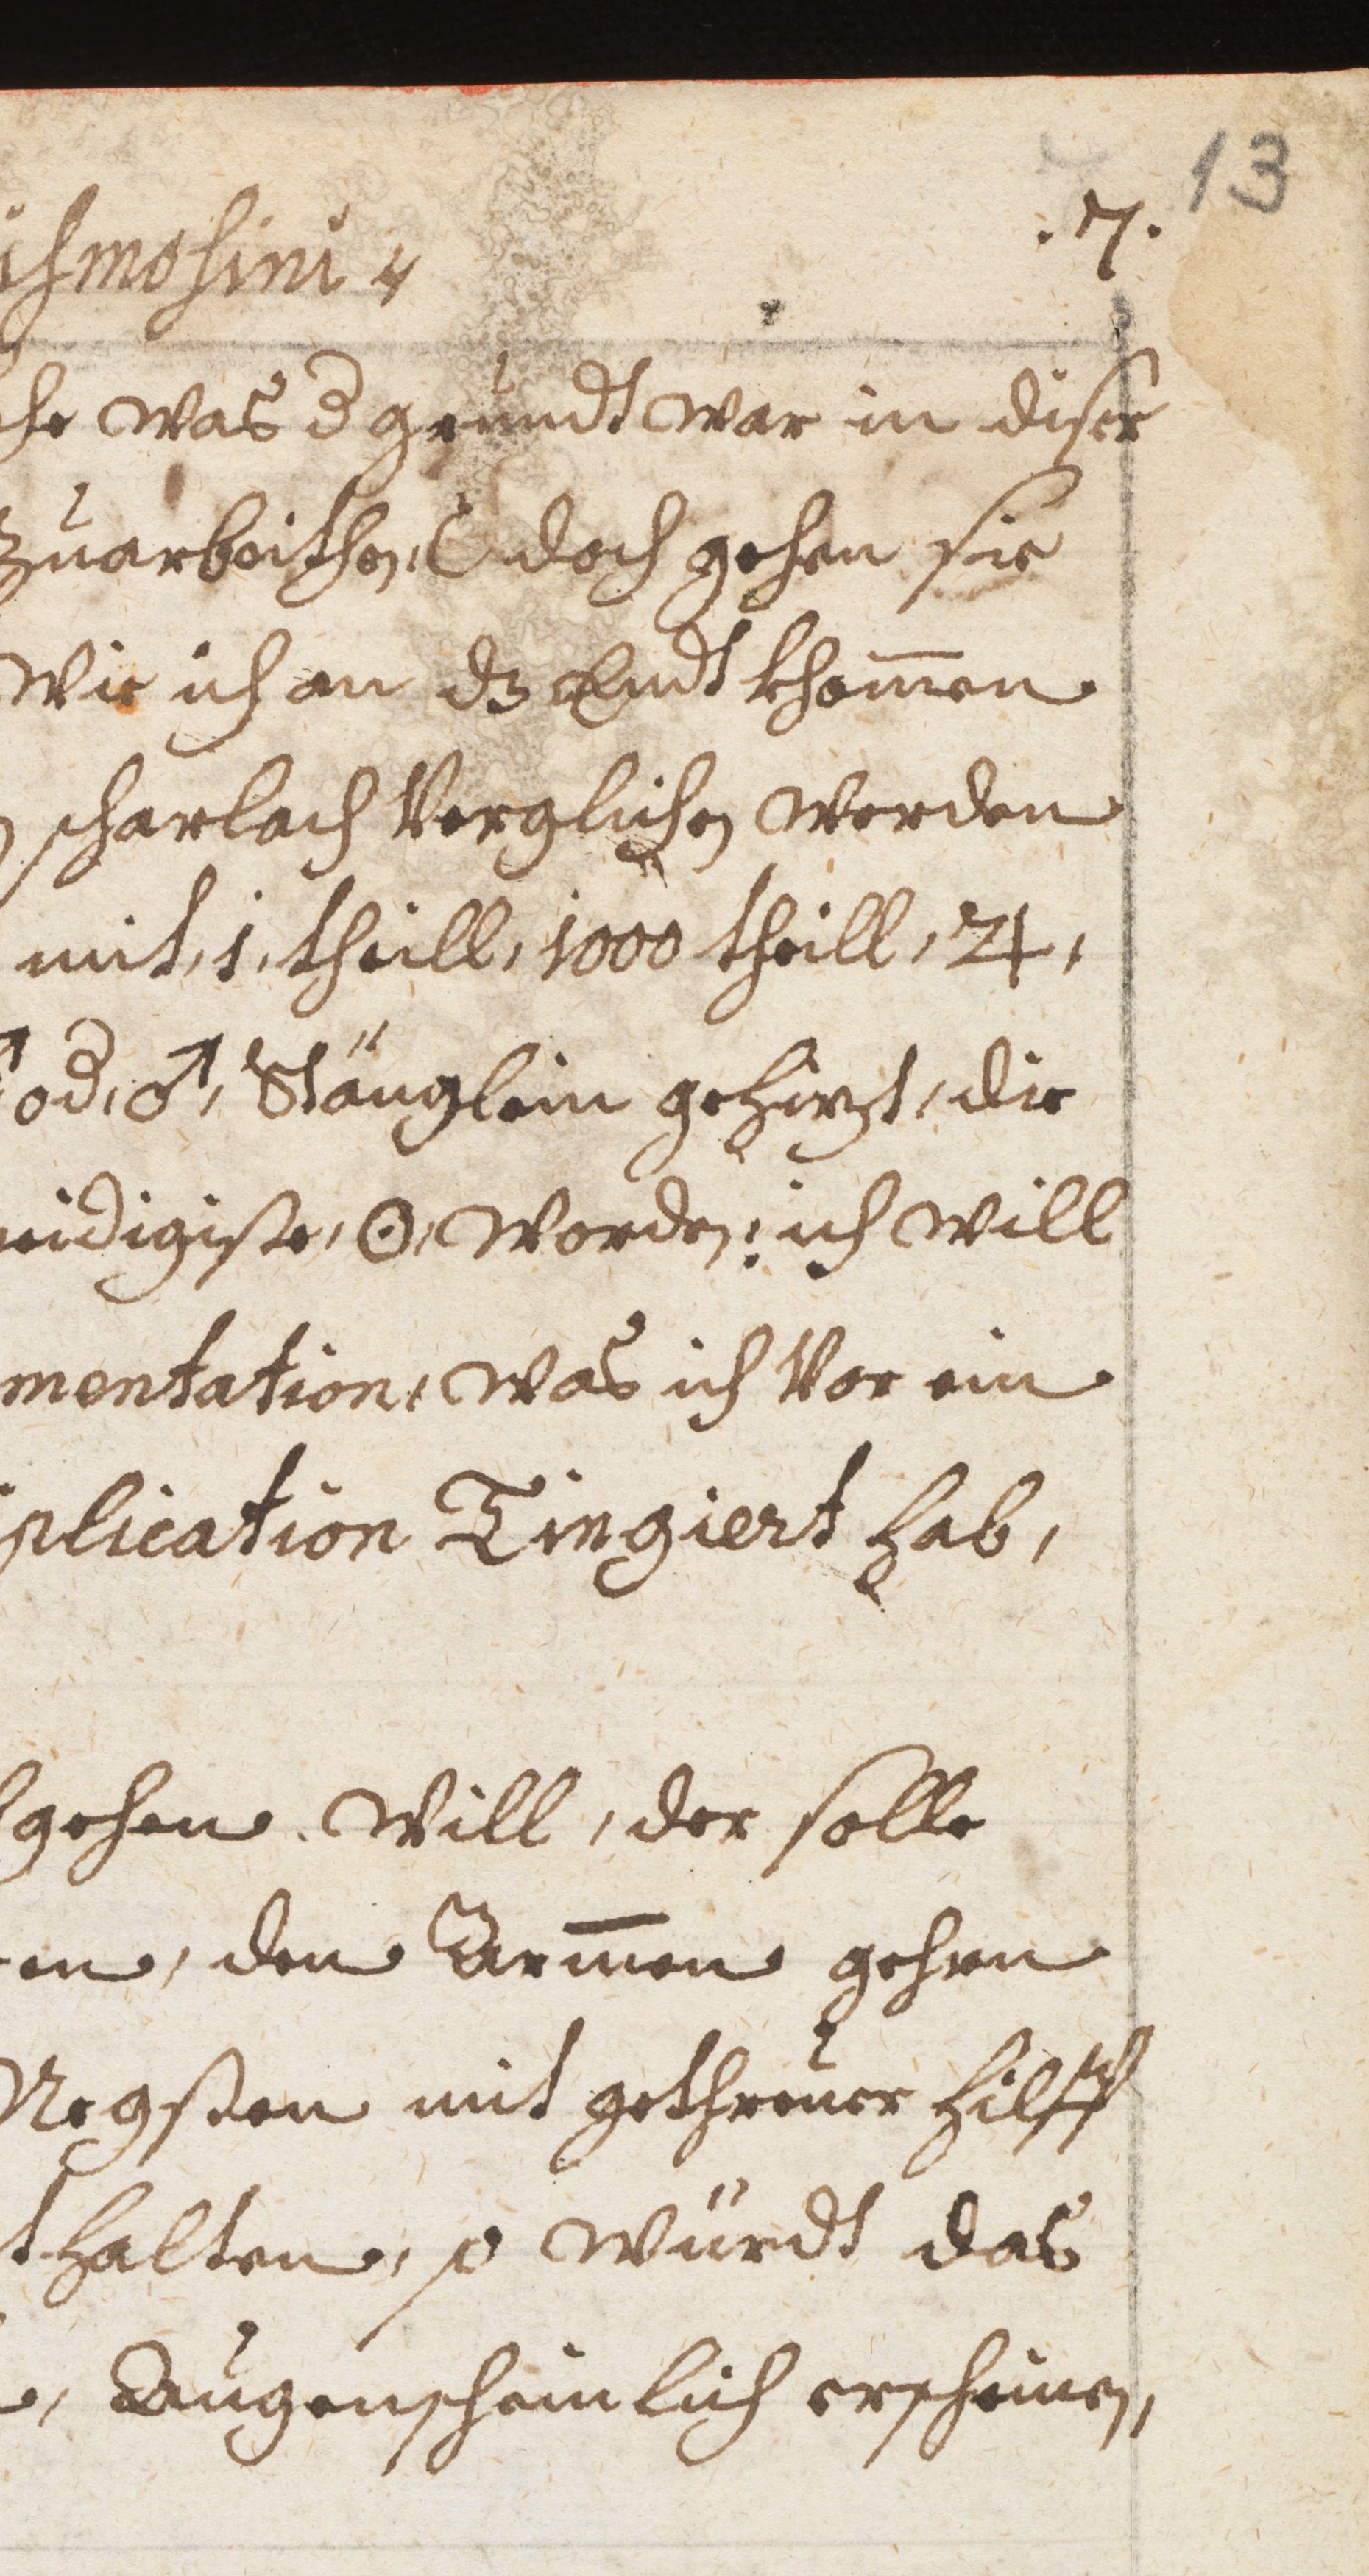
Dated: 1598–1699